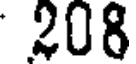
208